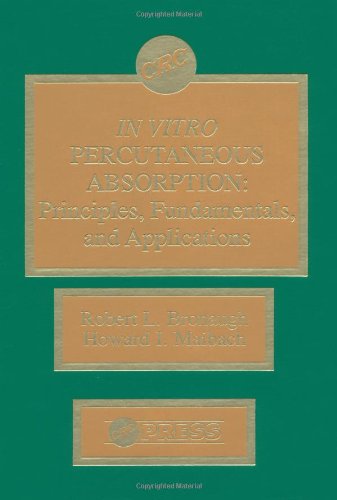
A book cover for In Vitro Percutaneous Absorption: Principles, Fundamentals, and Applications; Robert L. Bronaugh; Medical Books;